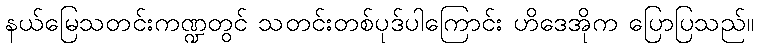
နယ်မြေသတင်းကဏ္ဍတွင် သတင်းတစ်ပုဒ်ပါကြောင်း ဟိဒေအိုက ပြောပြသည်။